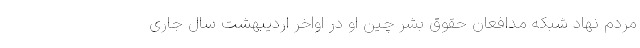
مردم نهاد شبکه مدافعان حقوق بشر چین او در اواخر اردیبهشت سال جاری